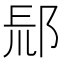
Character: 𨛞